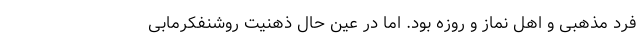
فرد مذهبی و اهل نماز و روزه بود. اما در عین حال ذهنیت روشنفکرمابی